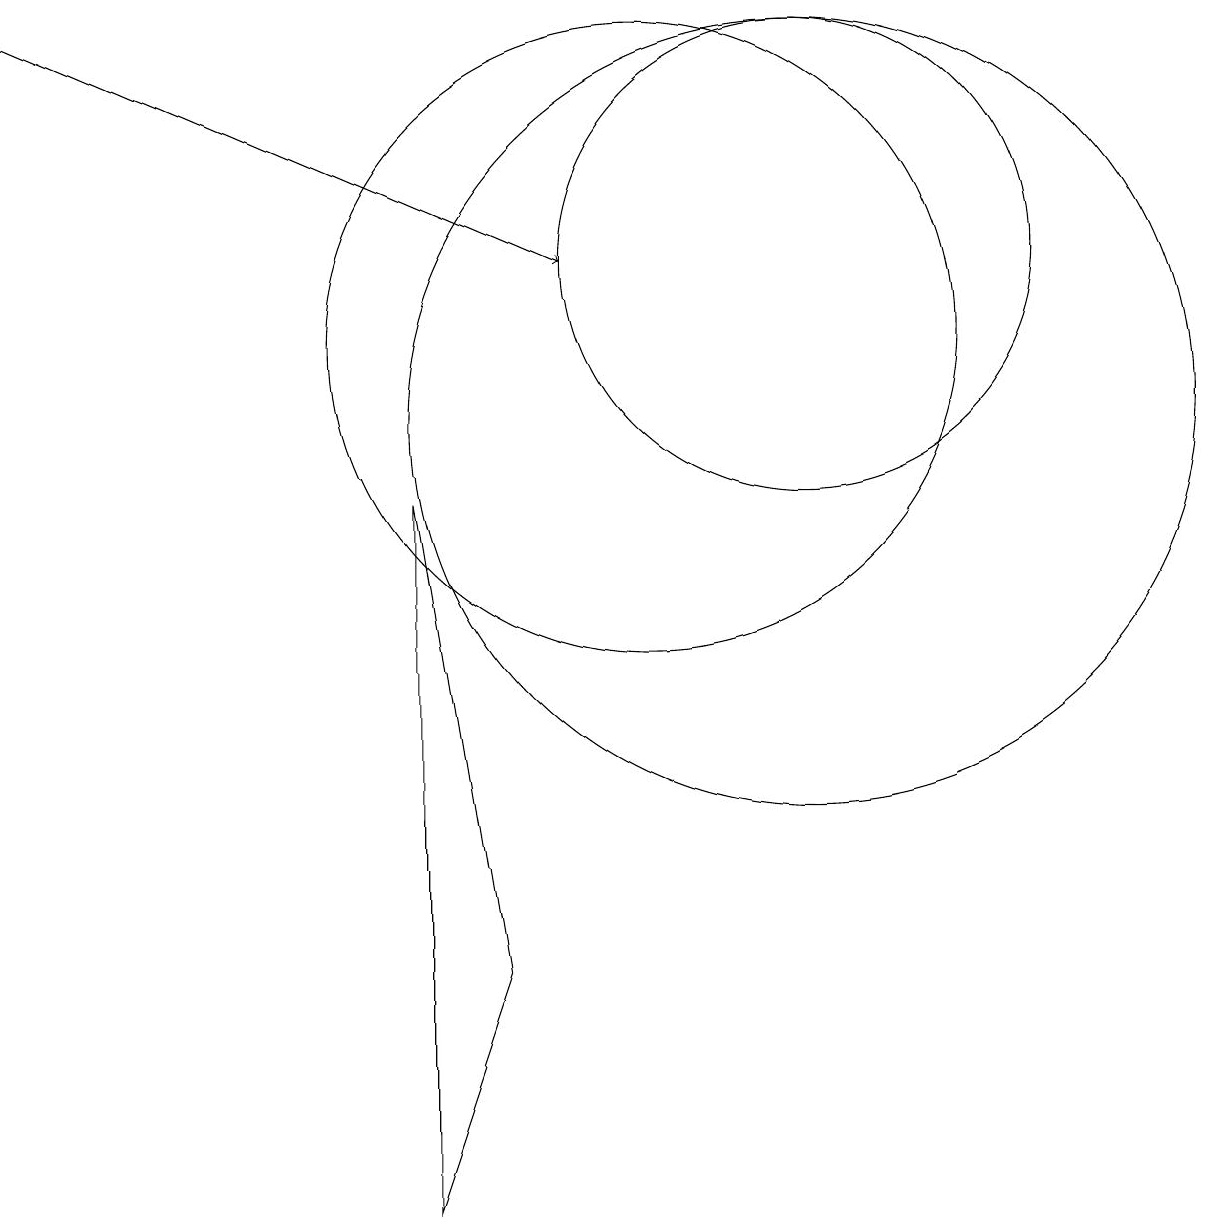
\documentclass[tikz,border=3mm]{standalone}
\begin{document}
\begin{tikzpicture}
\draw (12,10) circle (5);
\draw (7,0) -- (7,9) -- (8,3) -- cycle;
\draw[->] (2,15) -- (9,12);
\draw (10,11) circle (4);
\draw (12,12) circle (3);
\draw (7,1) -- (7,3) -- (7,5) -- cycle;
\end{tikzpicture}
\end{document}